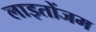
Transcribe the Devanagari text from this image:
लाइतोंजम